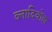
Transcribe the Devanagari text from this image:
व्लादिवोझ